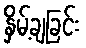
နှိမ့်ချခြင်း